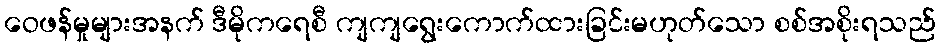
ဝေဖန်မှုများအနက် ဒီမိုကရေစီ ကျကျရွေးကောက်ထားခြင်းမဟုတ်သော စစ်အစိုးရသည်